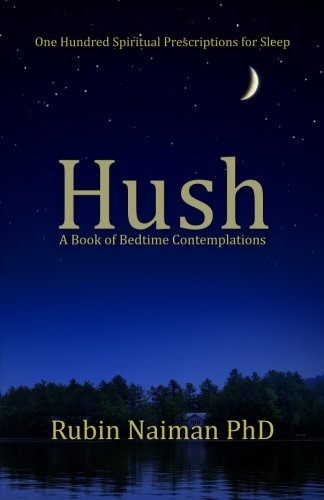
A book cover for Hush: A Book of Bedtime Contemplations; Rubin Naiman PhD; Health, Fitness & Dieting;